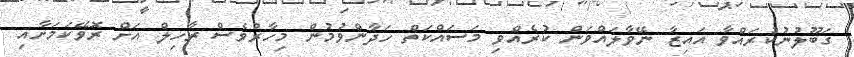
ގަބޫލުނުކުރައްވާ އައިޒާ ނޭވާލައްވަން ކުރެއްވި މަސައްކަތް ހަދާންވުމުން މިހާރުވެސް ރާހިލް އަށް ރޮވޭކަމަށާއި